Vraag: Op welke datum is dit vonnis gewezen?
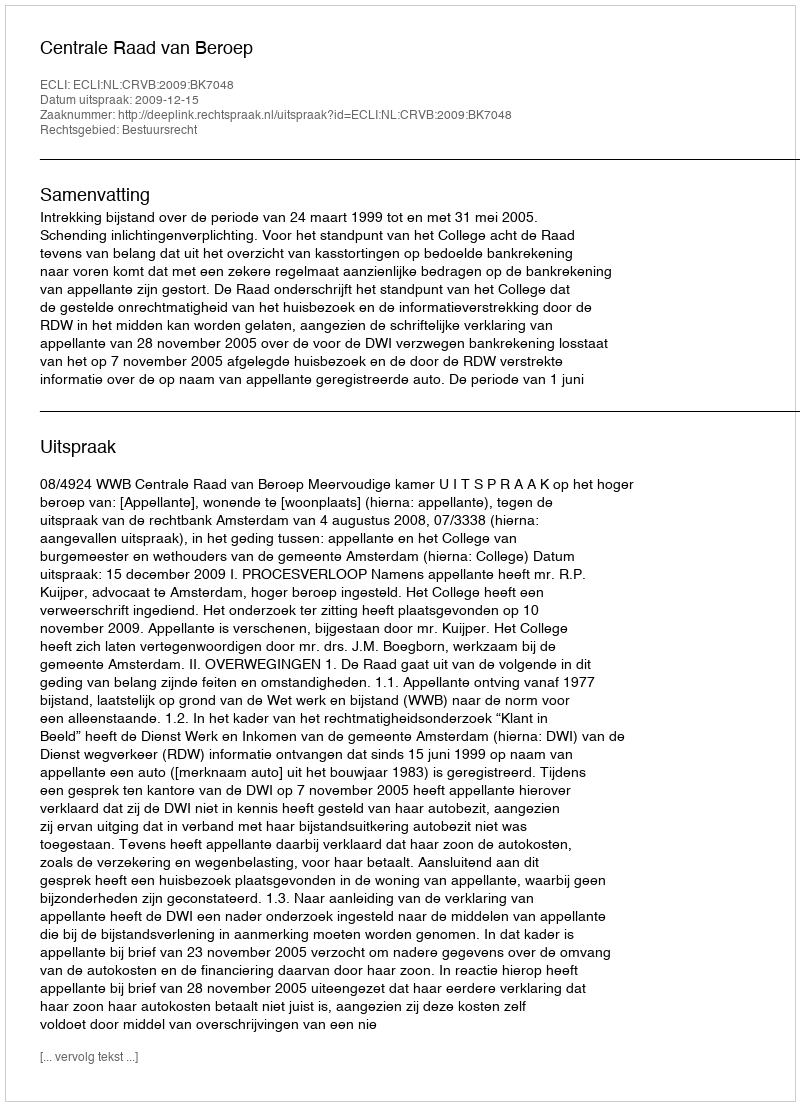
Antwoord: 2009-12-15